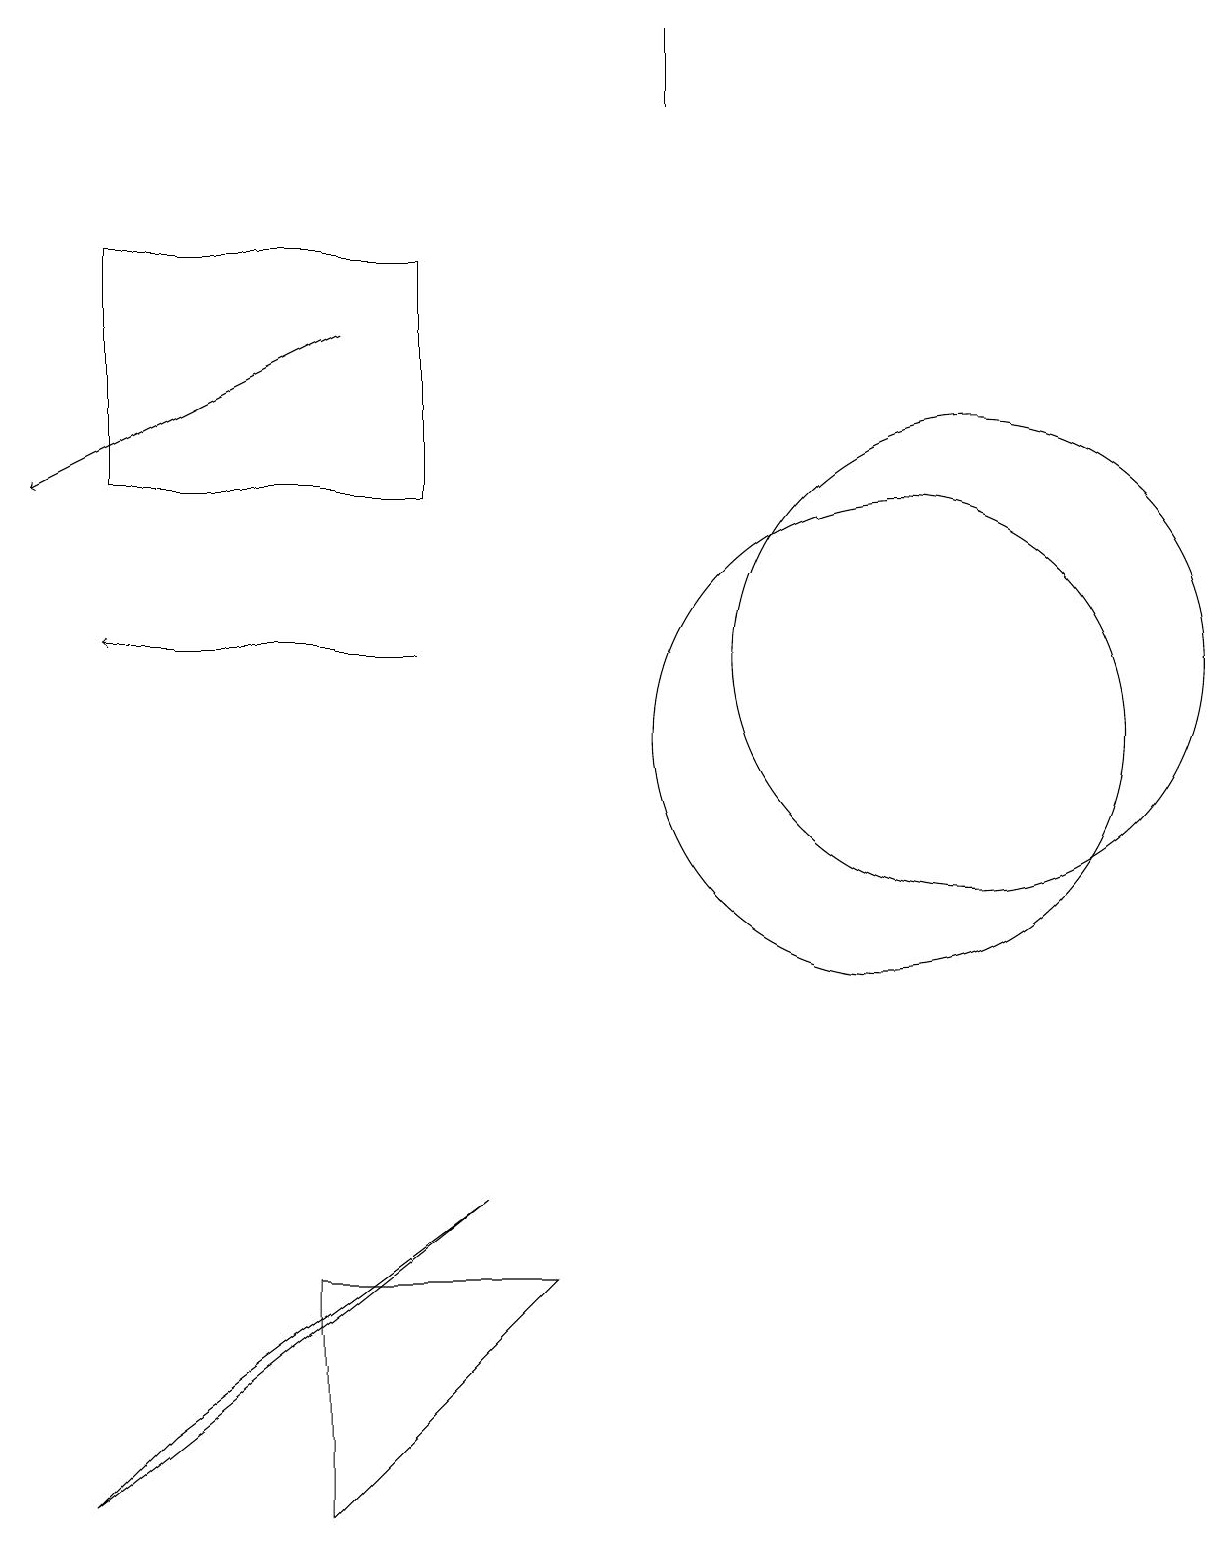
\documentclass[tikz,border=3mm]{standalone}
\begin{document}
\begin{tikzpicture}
\draw (11,10) circle (3);
\draw[->] (5,11) -- (1,11);
\draw (4,3) -- (4,0) -- (7,3) -- cycle;
\draw (1,0) -- (2,1) -- (6,4) -- cycle;
\draw[->] (4,15) -- (0,13);
\draw (5,13) rectangle (1,16);
\draw (8,18) rectangle (8,19);
\draw (12,11) circle (3);
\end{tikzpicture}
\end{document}